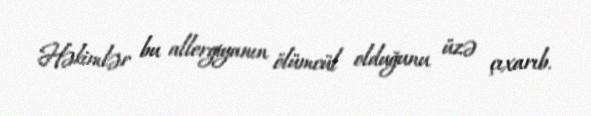
Həkimlər bu allergiyanın ölümcül olduğunu üzə çıxarıb.